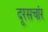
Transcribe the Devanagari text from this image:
दूरसचांर